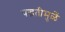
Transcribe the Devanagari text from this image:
पद्धतीमुळें